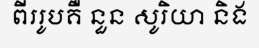
ពីររូបគឺ នួន សូរិយា និង